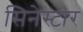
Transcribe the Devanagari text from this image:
सिनेस्टार